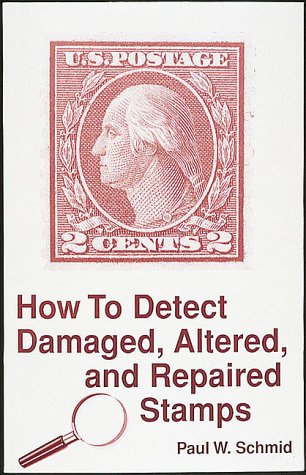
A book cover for How to Detect Damaged, Altered and Repaired Stamps; Paul W. Schmid; Crafts, Hobbies & Home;